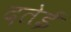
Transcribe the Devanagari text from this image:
दतेई